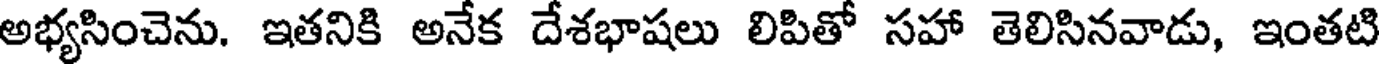
అభ్యసించెను. ఇతనికి అనేక దేశభాషలు లిపితో సహా తెలిసినవాడు, ఇంతటి